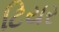
ટિયર